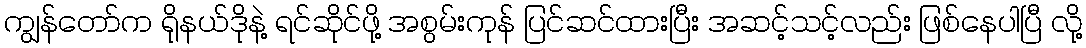
ကျွန်တော်က ရိုနယ်ဒိုနဲ့ ရင်ဆိုင်ဖို့ အစွမ်းကုန် ပြင်ဆင်ထားပြီး အဆင့်သင့်လည်း ဖြစ်နေပါပြီ လို့